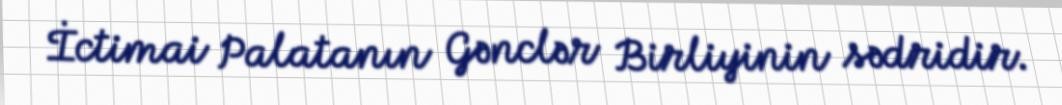
İctimai Palatanın Gənclər Birliyinin sədridir.